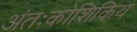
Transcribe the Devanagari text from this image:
अंतःकोशिकिय